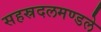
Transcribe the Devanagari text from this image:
सहस्रदलमण्डले